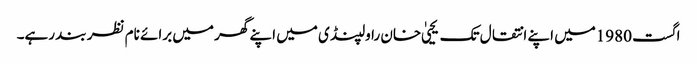
اگست 1980میں اپنے انتقال تک یحییٰ خان راولپنڈی میں اپنے گھر میں برائے نام نظر بند رہے۔